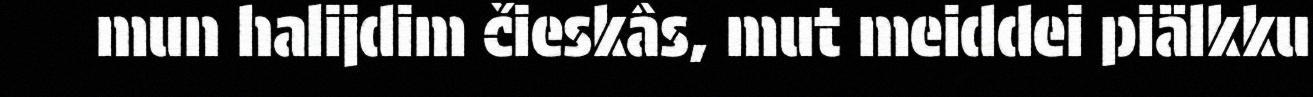
mun halijdim čieskâs, mut meiddei piälkku